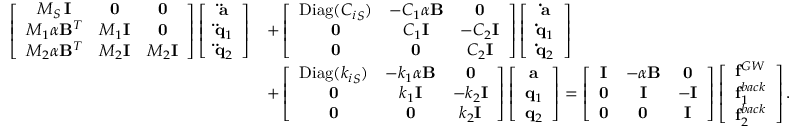
\begin{array} { r l } { \left[ \begin{array} { c c c } { M _ { S } \, { \bf I } } & { { \bf 0 } } & { { \bf 0 } } \\ { M _ { 1 } \alpha { \bf B } ^ { T } } & { M _ { 1 } { \bf I } } & { { \bf 0 } } \\ { M _ { 2 } \alpha { \bf B } ^ { T } } & { M _ { 2 } { \bf I } } & { M _ { 2 } { \bf I } } \end{array} \right] \left[ \begin{array} { c } { { \bf \ddot { a } } } \\ { { \bf \ddot { q } } _ { 1 } } \\ { { \bf \ddot { q } } _ { 2 } } \end{array} \right] } & { + \left[ \begin{array} { c c c } { \mathrm { D i a g } ( { C _ { i } } _ { S } ) } & { - C _ { 1 } \alpha { \bf B } } & { { \bf 0 } } \\ { { \bf 0 } } & { C _ { 1 } { \bf I } } & { - C _ { 2 } { \bf I } } \\ { { \bf 0 } } & { { \bf 0 } } & { C _ { 2 } { \bf I } } \end{array} \right] \left[ \begin{array} { c } { { \bf \dot { a } } } \\ { { \bf \dot { q } } _ { 1 } } \\ { { \bf \dot { q } } _ { 2 } } \end{array} \right] } \\ & { + \left[ \begin{array} { c c c } { \mathrm { D i a g } ( { k _ { i } } _ { S } ) } & { - k _ { 1 } \alpha { \bf B } } & { { \bf 0 } } \\ { { \bf 0 } } & { k _ { 1 } { \bf I } } & { - k _ { 2 } { \bf I } } \\ { { \bf 0 } } & { { \bf 0 } } & { k _ { 2 } { \bf I } } \end{array} \right] \left[ \begin{array} { c } { { \bf a } } \\ { { \bf q } _ { 1 } } \\ { { \bf q } _ { 2 } } \end{array} \right] = \left[ \begin{array} { c c c } { { \bf I } } & { - \alpha { \bf B } } & { { \bf 0 } } \\ { { \bf 0 } } & { { \bf I } } & { - { \bf I } } \\ { { \bf 0 } } & { { \bf 0 } } & { { \bf I } } \end{array} \right] \left[ \begin{array} { c } { { \bf f } ^ { G W } } \\ { { \bf f } _ { 1 } ^ { b a c k } } \\ { { \bf f } _ { 2 } ^ { b a c k } } \end{array} \right] . } \end{array}